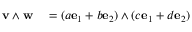
\begin{array} { r l } { { \mathbf { v } } \wedge { \mathbf { w } } } & { { } = ( a { \mathbf { e } } _ { 1 } + b { \mathbf { e } } _ { 2 } ) \wedge ( c { \mathbf { e } } _ { 1 } + d { \mathbf { e } } _ { 2 } ) } \end{array}